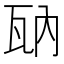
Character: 𤬲